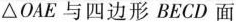
△OAE与四边形BECD面